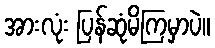
အားလုံး ပြန်ဆုံမိကြမှာပဲ။